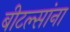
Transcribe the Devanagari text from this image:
बीटल्सांना